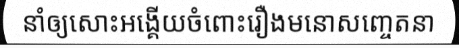
នាំឲ្យសោះអង្គើយចំពោះរឿងមនោសញ្ចេតនា